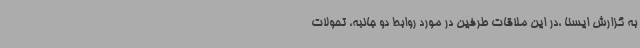
به گزارش ایسنا ،در این ملاقات طرفین در مورد روابط دو جانبه، تحولات